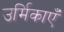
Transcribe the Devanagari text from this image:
उर्मिकाएँ